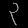
Digit: ၃